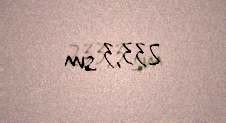
233,3 sm